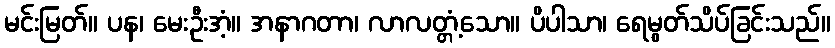
မင်းမြတ်။ ပန၊ မေးဦးအံ့။ အနာဂတာ၊ လာလတ္တံ့သော။ ပိပါသာ၊ ရေမွတ်သိပ်ခြင်းသည်။